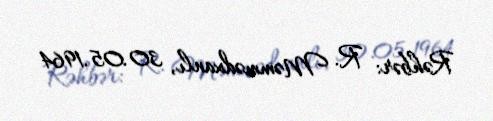
Rəhbər: R. Məmmədxanlı, 30.05.1964